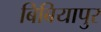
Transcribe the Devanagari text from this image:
बिबियापुर